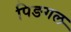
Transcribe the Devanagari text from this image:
पिङगल